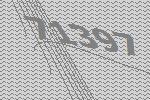
71397